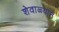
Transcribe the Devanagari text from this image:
शेवाळ्याने